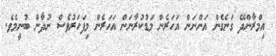
އިމްރާންދޭ ގަނެގެން އަންނަން އަހަރެން މަޑުކުރާނަން އަހަރެން މިފަހަރުވެސް ނުދާން ބުނީމެވެ.